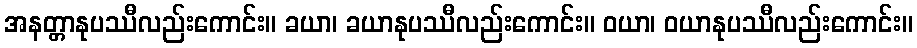
အနတ္တာနုပဿီလည်းကောင်း။ ခယာ၊ ခယာနုပဿီလည်းကောင်း။ ဝယာ၊ ဝယာနုပဿီလည်းကောင်း။